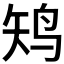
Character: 𱉛